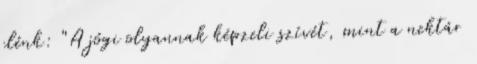
elénk: "A jógi olyannak képzeli szívét, mint a nektár